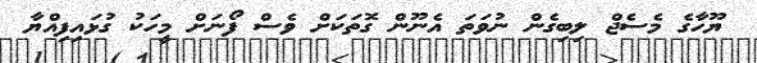
ޔޫހާގެ މެސެޖް ލިބިގެން ނުވަތަ އެނޫން ގޮތަކަށް ވެސް ފޯނަށް މީހަކު ގުޅައިފިއްޔާ